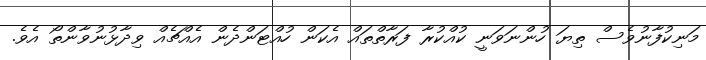
މަނިކުފާނުވެސް ތިޔަ ހުންނަވަނީ ކުއްކުރާ ފަރާތްތައް އެކަން ހުއްޓަންދެން އެއްޗެއް ވިދާޅުނުވާންތޯ އެވެ.